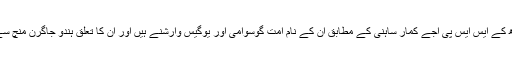
علیگڑھ کے ایس ایس پی اجے کمار ساہنی کے مطابق ان کے نام امت گوسوامی اور یوگیس وارشنے ہیں اور ان کا تعلق ہندو جاگرن منچ سے ہے۔